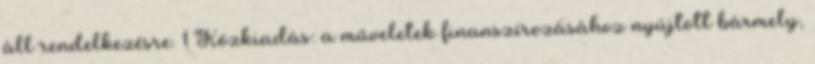
áll rendelkezésre. 1 Közkiadás: a műveletek finanszírozásához nyújtott bármely,